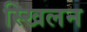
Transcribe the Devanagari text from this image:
स्खिलन